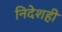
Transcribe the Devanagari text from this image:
निदेशही